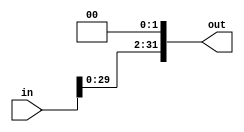
`timescale 1ns / 1ps

module ShiftLeft2(in, out);
    input [31:0] in;
    
    output reg [31:0] out;
    
    always @(in) begin
        out <= in << 2;
    end

endmodule


//module ShiftLeft2(IDEXSignExtend_In, ShiftLeft2_Out);
    
//    input [15:0] IDEXSignExtend_In;
//    output reg [15:0] ShiftLeft2_Out;
    
//    always @(IDEXSignExtend_In) begin
//        ShiftLeft2_Out = IDEXSignExtend_In << 2;
//    end
    
//endmodule